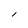
Character: l